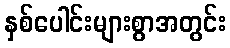
နှစ်ပေါင်းများစွာအတွင်း